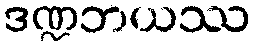
ဒဏ္ဍဘယဿ